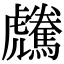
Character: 𩦶